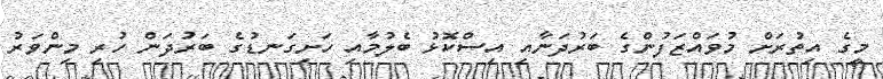
މީގެ އިތުރަށް މުވައްޒަފުންގެ ބަރުދަނާއި އިސްކޮޅު ބެލުމާއި ހަށިގަނޑުގެ ބަރުދަން ހުރި މިންވަރު